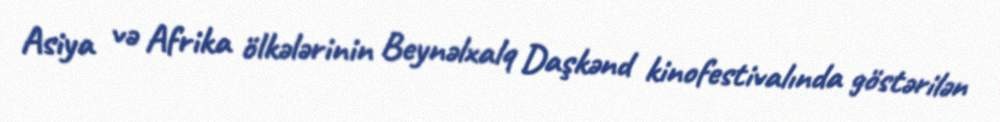
Asiya və Afrika ölkələrinin Beynəlxalq Daşkənd kinofestivalında göstərilən